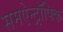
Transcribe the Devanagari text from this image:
समऐन्ट्रॉपिक